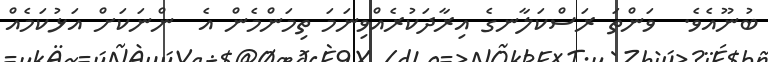
ބުނޫއެވެ.  ވަންތަ ރަސްކަލާނގެ އިރާދަކުރެއްވިނަމަ ތިމަންމެން އެ  ންނަކަށް އަޅުކަމެއް